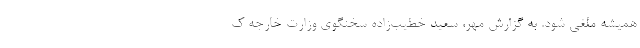
همیشه ملغی شود. به گزارش مهر، سعید خطیب‌زاده سخنگوی وزارت خارجه ک